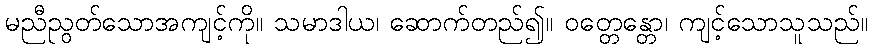
မညီညွတ်သောအကျင့်ကို။ သမာဒါယ၊ ဆောက်တည်၍။ ဝတ္တေန္တော၊ ကျင့်သောသူသည်။